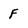
Character: F